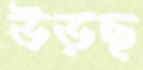
উড়ছ